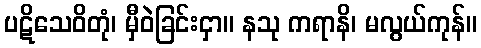
ပဋိသေဝိတုံ၊ မှီဝဲခြင်းငှာ။ နသု ကရာနိ၊ မလွယ်ကုန်။